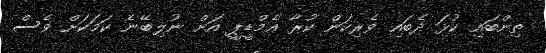
ތިންބައި ކުޅަ ދެބައި ވެރިކަން ކުރާ އެމްޑީޕީ އަށް ނުލިބޭނެ ކަމަކަށް ވެސް